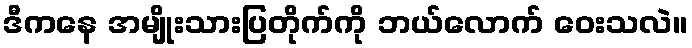
ဒီကနေ အမျိုးသားပြတိုက်ကို ဘယ်လောက် ဝေးသလဲ။